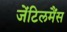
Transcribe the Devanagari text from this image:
जेंटिलमैंस